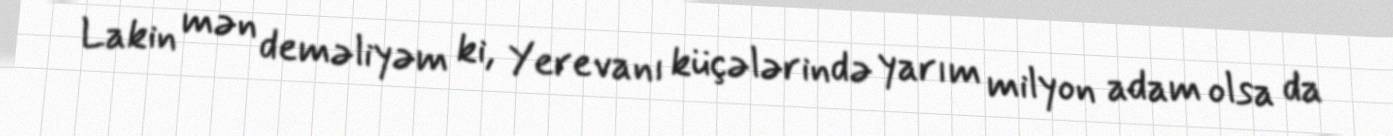
Lakin mən deməliyəm ki, Yerevanı küçələrində yarım milyon adam olsa da